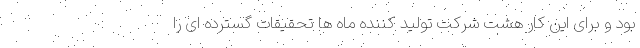
بود و برای این کار هشت شرکت تولید کننده ماه ها تحقیقات گسترده ای را